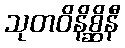
သုတဝိနိစ္ဆိနီ